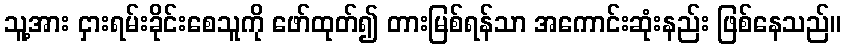
သူ့အား ငှားရမ်းခိုင်းစေသူကို ဖော်ထုတ်၍ တားမြစ်ရန်သာ အကောင်းဆုံးနည်း ဖြစ်နေသည်။